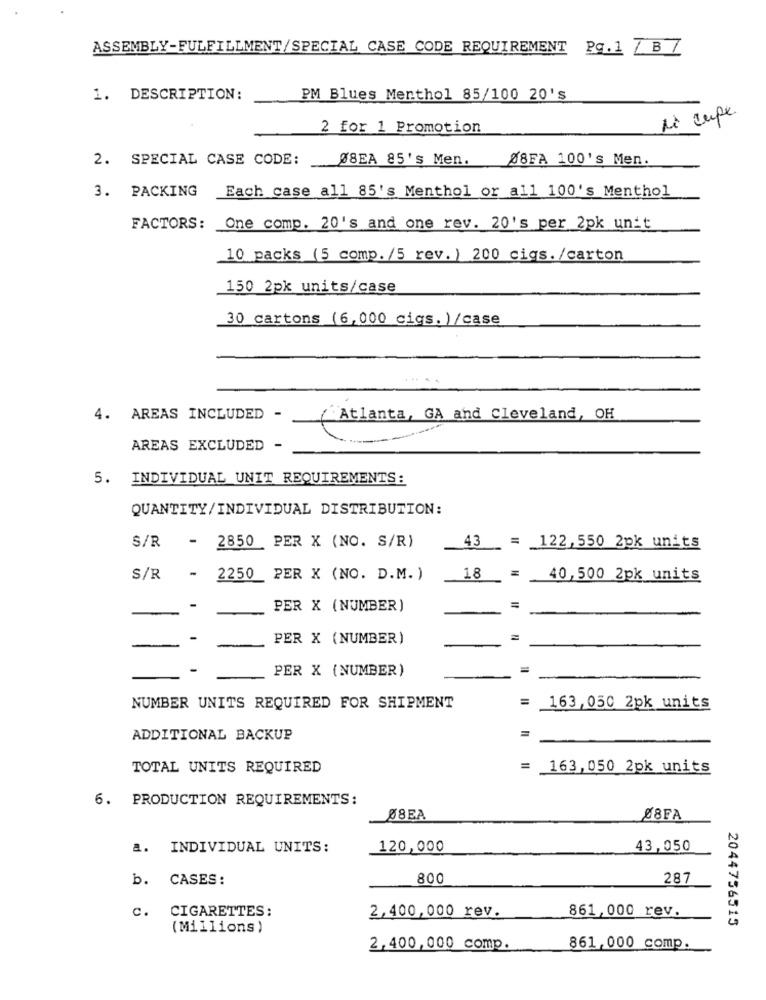
ASSEMBLY-FULFILLMENT/SPECIAL CASE CODE REQUIREMENT Pg. 1 / BZ
1. DESCRIPTION:
PM Blues Menthol 85/100 20's
Ne cupe.
2 for 1 Promotion
2. SPECIAL CASE CODE:
Ø8EA 85's Men.
88FA 100's Men.
3. PACKING
Each case all 85's Menthol or all 100's Menthol
FACTORS:
One comp. 20's and one rev. 20's per 2pk unit
10 packs (5 comp. /5 rev. ) 200 cigs. /carton
150 2pk units/case
30 cartons (6,000 cigs. )/case
4.
AREAS INCLUDED -
( Atlanta, GA and Cleveland, OH
AREAS EXCLUDED -
5. INDIVIDUAL UNIT REQUIREMENTS:
QUANTITY/INDIVIDUAL DISTRIBUTION:
-
2850 PER X (NO. S/R)
S/R
43 = 122,550 2pk units
S/R
-
2250
PER X (NO. D.M. )
18
40,500 2pk units
-
PER X (NUMBER)
-
-
PER X (NUMBER)
-
PER X (NUMBER)
NUMBER UNITS REQUIRED FOR SHIPMENT
= 163,050 2pk units
ADDITIONAL BACKUP
TOTAL UNITS REQUIRED
= 163,050 2pk units
6. PRODUCTION REQUIREMENTS:
Ø8EA
Ø8FA
a. INDIVIDUAL UNITS:
120,000
43,050
b. CASES:
800
287
CIGARETTES:
861,000 rev.
c.
2,400,000 rev.
(Millions)
2044756515
2,400,000 comp.
861,000 comp.